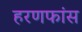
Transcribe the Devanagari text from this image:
हरणफांस